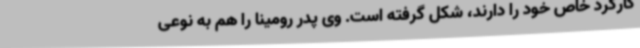
کارکرد خاص خود را دارند، شکل گرفته است. وی پدر رومینا را هم به نوعی